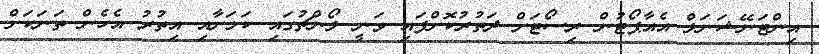
އިންޓަނޭޝަނަލް އެއާޕޯޓުން ރިސޯޓަށް ދަތުރުކޮށްފައި ވަނީ ލޯންޗުގައި ކަމަށާއި އިތުރު އެހެން ތަނަކަށް